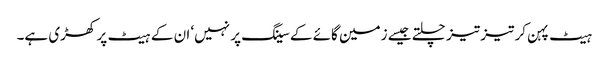
ہیٹ پہن کر تیز تیز چلتے جیسے زمین گائے کے سینگ پر نہیں‘ ان کے ہیٹ پر کھڑی ہے۔